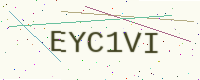
Text: EYC1VI